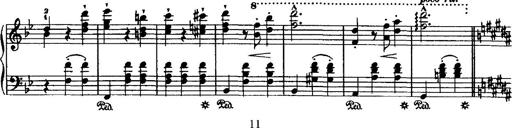
Title: Grande valse di bravura
Composer: Franz Liszt